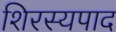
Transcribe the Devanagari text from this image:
शिरस्यपाद